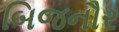
બિજનૌર